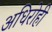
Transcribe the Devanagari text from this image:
अधिरोही